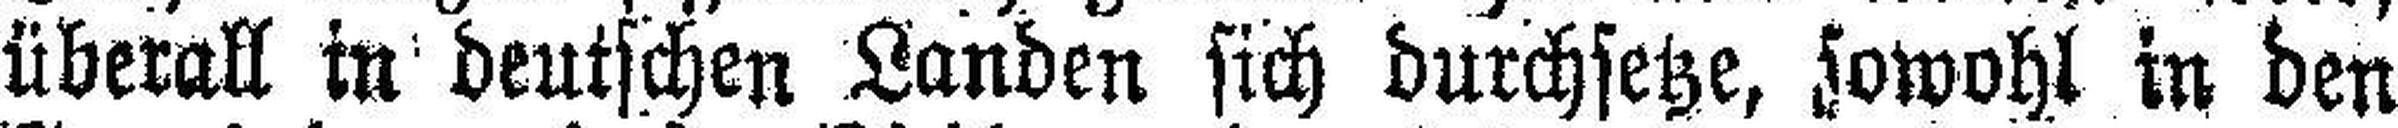
überall in deutschen Landen sich durchsetze, sowohl in den